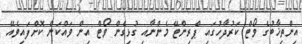
އިންތިޚާބުގެ ވޯޓް ކަރުދާހުގައި ޕްރިންޓޭ މެންނާއި ގުޅިގެން ވޯޓް އިން ވައްކަން ކޮށްފައިވެއޭ